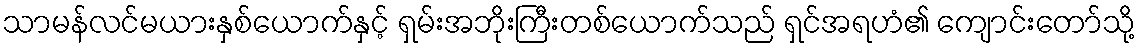
သာမန်လင်မယားနှစ်ယောက်နှင့် ရှမ်းအဘိုးကြီးတစ်ယောက်သည် ရှင်အရဟံ၏ ကျောင်းတော်သို့